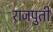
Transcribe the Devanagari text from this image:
राजपुती